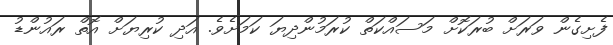
ފެށިގެން ވަރަށް ބުރަކޮށް މަސައްކަތް ކުރަމުންދިޔަ ކަމަށެވެ. އަދި ކުރިޔަށް އޮތް ރައުންޑު